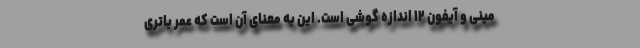
مینی و آیفون ۱۲ اندازه گوشی است. این به معنای آن است که عمر باتری